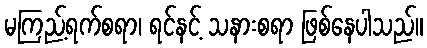
မကြည့်ရက်စရာ၊ ရင်နင့် သနားစရာ ဖြစ်နေပါသည်။